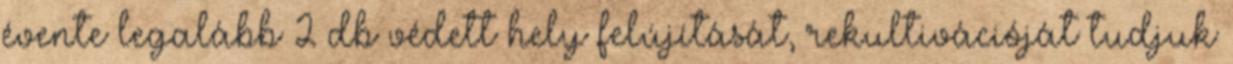
évente legalább 2 db védett hely felújítását, rekultivációját tudjuk